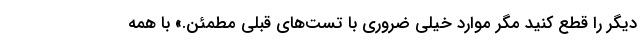
دیگر را قطع کنید مگر موارد خیلی ضروری با تست‌های قبلی مطمئن.» با همه